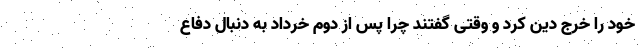
خود را خرج دین کرد و وقتی گفتند چرا پس از دوم خرداد به دنبال دفاع